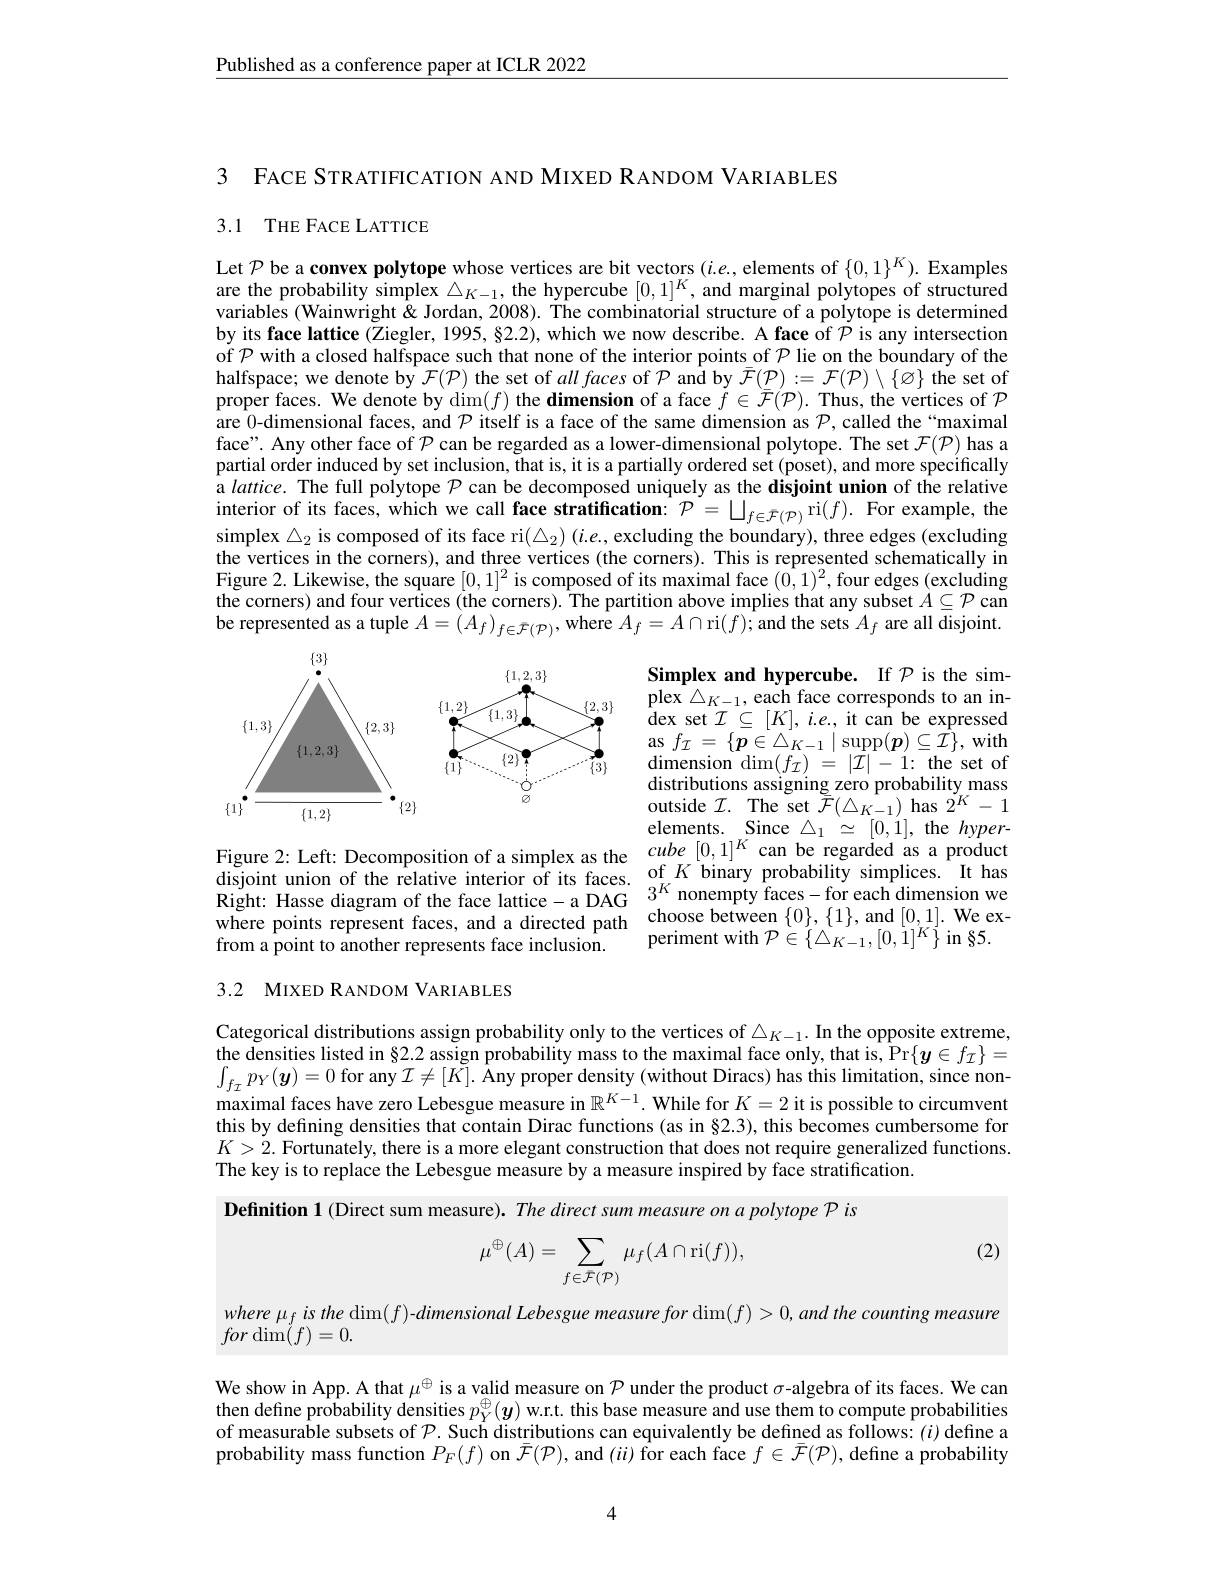
Published as a conference paper at ICLR 2022

3 FACE STRATIFICATION AND MIXED RANDOM VARIABLES

## 3.1 THE FACE LATTICE

Let $\mathcal{P}$ be a convex polytope whose vertices are bit vectors $(i.e.$, elements of $\{0,1\}^K).$ Examples are the probability simplex $\triangle_K-1$, the hypercube $[0,1]^K$, and marginal polytopes of structured variables (Wainwright& Jordan, 2008). The combinatorial structure of a polytope is determined by its face lattice (Ziegler, 1995, §2.2), which we now describe. A face of $\mathcal{P}$ is any intersection of $\mathcal{P}$ with a closed halfspace such that none of the interior points\_of $\mathcal{P}$ lie on the boundary of the halfspace; we denote by $\mathcal{F}(\mathcal{P})$ the set of $all\textit{faces of }\mathcal{P}$ and by $\bar{\mathcal{F}}(\mathcal{P}):=\mathcal{F}(\mathcal{P})\setminus\{\varnothing\}$ the set of proper faces. We denote by $\dim(f)$ the dimension of a face $\tilde{f}\in\bar{\mathcal{F}}(\mathcal{P}).$ Thus, the vertices of $\mathcal{P}$ are $\hat{0}$-dimensional faces, and $\mathcal{P}$ itself is a face of the same dimension as $\mathcal{P}$, called the“maximal face". Any other face of $\mathcal{P}$ can be regarded as a lower-dimensional polytope. The set $\mathcal{F}(\mathcal{P})$ has a partial order induced by set inclusion, that is, it is a partially ordered set (poset), and more specifically a lattice. The full polytope $\mathcal{P}$ can be decomposed uniquely as the disjoint union of the relative interior of its faces, which we call face stratification: $\mathcal{P}=\bigsqcup_{f\in\bar{\mathcal{F}}(\mathcal{P})}$ri$(f).$ For example, the simplex $\triangle_2$ is composed of its face ri$(\triangle_2)$ (i.e., excluding the boundary), three edges (excluding the vertices in the corners), and three vertices (the corners). This is represented schematically in Figure 2. Likewise, the square $[0,1]^2$ is composed of its maximal face $(0,1)^2$, four edges (excluding the corners) and four vertices (the corners). The partition above implies that any subset $A\subseteq\mathcal{P}$ can be represented as a tuple $A=(A_f)_{f\in\bar{\mathcal{F}}(\mathcal{P})},\hat{\text{where }A}_f=A\cap\operatorname{ri}(f);$ and the sets $A_f$ are all disjoint.

<FigureHere>

Simplex and hypercube. If $\mathcal{P}$ is the simplex $\triangle_K-1$, each face corresponds to an in- $\operatorname*{dex}$ set $\mathcal{I}\subseteq[K]$, i.e., it can be expressed as $f_{\mathcal{I}}=\{\boldsymbol{p}\in\triangle_{K-1}\mid\operatorname{supp}(\boldsymbol{p})\subseteq\bar{\mathcal{I}}\}$,with $\begin{array}{l}{\mathrm{dimension~dim}(f_{\mathcal{I}})~=~|\mathcal{I}|~-1:~\mathrm{the~set~of}}\\{\mathrm{distributions~assigning~zero~probability~mass}}\end{array}$ outside $\mathcal{I}.$ The set $\bar{\mathcal{F}}(\triangle_{K-1})$ has $2^K-1$ elements. Since $\triangle_1\simeq[0,1]$, the $hyper-$ $cube[0,1]^{K}$can be regarded as a product
disjoint union of the relative interior of its faces. of $K$ binary probability simplices. It has Right: Hasse diagram of the face lattice- a DAG$3^{K}$ nonempty faces- for each dimension we where points represent faces, and a directed pathch
periment with $\mathcal{P}\in\{\triangle_{K-1},[0,1]^{K}\}$ in §5.

Figure 2: Left: Decomposition of a simplex as the
from a point to another represents face inclusion.

## 3.2 MIXED RANDOM VARIABLES

Categorical distributions assign probability only to the vertices of $\triangle_{K-1}.$ In the opposite extreme, the densities listed in§2.2 assign probability mass to the maximal face only, that is, Pr$\{\boldsymbol{y}\in f_\mathcal{I}\}=$ $\int_{f_{I}}p_{Y}(\boldsymbol{y})=0$ for any $\mathcal{I}\neq[K].$ Any proper density (without Diracs) has this limitation, since nonmaximal faces have zero Lebesgue measure in $\mathbb{R}^{K-1}.$ While for $K=2$ it is possible to circumvent this by defining densities that contain Dirac functions (as in §2.3), this becomes cumbersome for $K>2.$ Fortunately, there is a more elegant construction that does not require generalized functions The key is to replace the Lebesgue measure by a measure inspired by face stratification.

Definition 1 (Direct sum measure). The direct sum measure on a polytope P is

(2)
$$\mu^\oplus(A)=\sum_{f\in\bar{\mathcal{F}}(\mathcal{P})}\mu_f(A\cap\mathrm{ri}(f)),$$
$where\mu_{f}isthe\dim(f)$-dimensional Lebesgue measure $for\dim(f)>0,and$ the counting measure
$for\dim(f)=0.$

We show in App. A that $\mu^\oplus$ is a valid measure on $\mathcal{P}$ under the product $\sigma$-algebra of its faces. We can then define probability densities $p_Y^\oplus(\boldsymbol{y})$ w.r.t. this base measure and use them to compute probabilities of measurable subsets of $\mathcal{P}.$ Such distributions can equivalently be defined as follows: $(i)$ define probability mass function $P_F(f)$ on $\bar{\mathcal{F}}(\mathcal{P})$, and $(ii)$ for each face $f\in\bar{\mathcal{F}}(\mathcal{P})$, define a probability

4